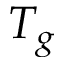
T _ { g }